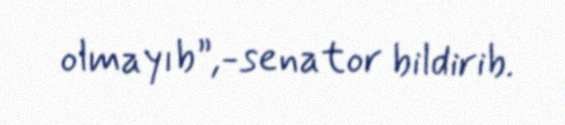
olmayıb”,-senator bildirib.